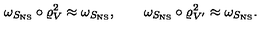
\omega _ { S _ { \mathrm { N S } } } \circ \varrho _ { V } ^ { 2 } \approx \omega _ { S _ { \mathrm { N S } } } , \qquad \omega _ { S _ { \mathrm { N S } } } \circ \varrho _ { V ^ { \prime } } ^ { 2 } \approx \omega _ { S _ { \mathrm { N S } } } .